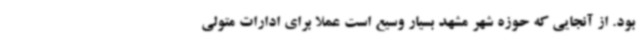
بود. از آنجایی که حوزه شهر مشهد بسیار وسیع است عملا برای ادارات متولی